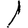
Digit: 1